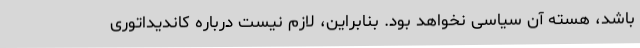
باشد، هسته آن سیاسی نخواهد بود. بنابراین، لازم نیست درباره کاندیداتوری